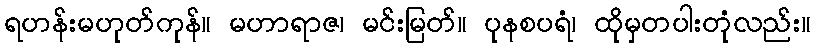
ရဟန်းမဟုတ်ကုန်။ မဟာရာဇ၊ မင်းမြတ်။ ပုနစပရံ၊ ထိုမှတပါးတုံလည်း။